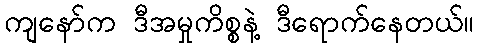
ကျနော်က ဒီအမှုကိစ္စနဲ့ ဒီရောက်နေတယ်။